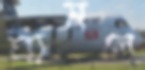
ঘামলে